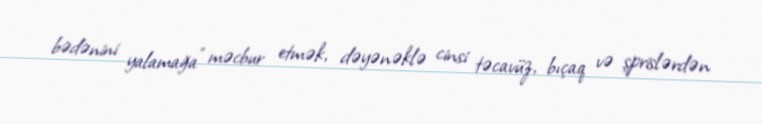
bədənini yalamağa” məcbur etmək, dəyənəklə cinsi təcavüz, bıçaq və şprislərdən